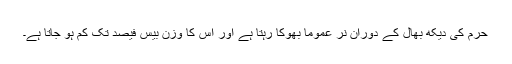
حرم کی دیکھ بھال کے دوران نر عموماً بھوکا رہتا ہے اور اس کا وزن بیس فیصد تک کم ہو جاتا ہے۔